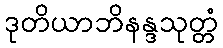
ဒုတိယာဘိနန္ဒသုတ္တံ